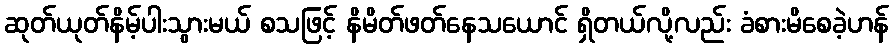
ဆုတ်ယုတ်နိမ့်ပါးသွားမယ် စသဖြင့် နိမိတ်ဖတ်နေသယောင် ရှိတယ်လို့လည်း ခံစားမိစေခဲ့ဟန်